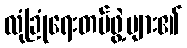
လုံခြုံရေးတပ်ဖွဲ့များ၏